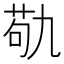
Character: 𮏆